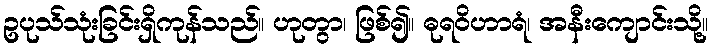
ဥပုသ်သုံးခြင်းရှိကုန်သည်။ ဟုတွာ၊ ဖြစ်၍။ ဓုရဝိဟာရံ၊ အနီးကျောင်းသို့။